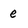
Character: e